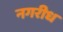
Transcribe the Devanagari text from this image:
नगरीध